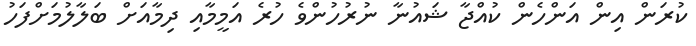
ކުރަން އިން އަންހެން ކުއްޖާ ޝައުނާ ނުރުހުންވެ ހުރެ އަމީމާއި ދިމާއަށް ބަލާލުމަށްފަހު